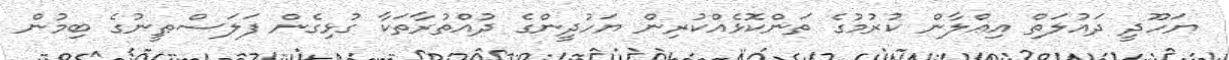
ޔަހޫދީ ދައުލަތް އިޢްލާން ކުރުމުގެ ތަންކޮޅެއްކުރިން ޔަހުދީންގެ ދުއްތުރާތަކާ ގުޅިގެން ފަލަސްޠީނުގެ ބިމުން